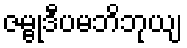
ဇမ္ဗုဒီပမဘိဘုယျ